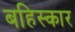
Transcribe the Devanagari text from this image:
बहिस्कार